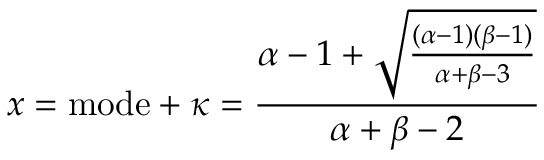
x = { \mathrm { m o d e } } + \kappa = { \frac { \alpha - 1 + { \sqrt { \frac { ( \alpha - 1 ) ( \beta - 1 ) } { \alpha + \beta - 3 } } } } { \alpha + \beta - 2 } }